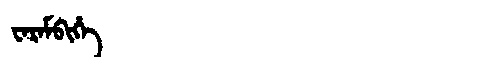
Manchu: ᠸᠠᡵᠠᠮᠪᡳᡥᡝ
Romanization: WARAMBIHE